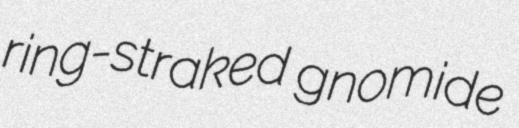
ring-straked gnomide